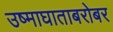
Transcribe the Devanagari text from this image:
उष्माघाताबरोबर